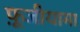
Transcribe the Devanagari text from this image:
फ़ूजीयामा